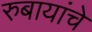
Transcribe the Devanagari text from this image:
रुबायांचे